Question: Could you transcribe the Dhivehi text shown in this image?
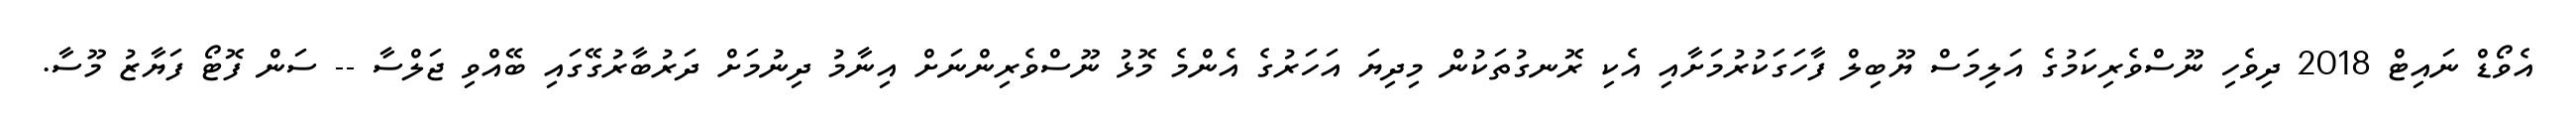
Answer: އެވޯޑް ނައިޓް 2018 ދިވެހި ނޫސްވެރިކަމުގެ އަލިމަސް ޔޫބިލް ފާހަގަކުރުމަށާއި އެކި ރޮނގުތަކުން މިދިޔަ އަހަރުގެ އެންމެ މޮޅު ނޫސްވެރިންނަށް އިނާމު ދިނުމަށް ދަރުބާރުގޭގައި ބޭއްވި ޖަލްސާ -- ސަން ފޮޓޯ ފަޔާޒު މޫސާ.